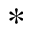
*